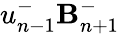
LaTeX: u_{n-1}^{-}\mathbf{B}_{n+1}^{-}